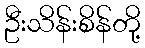
ဦးသိန်းစိန်တို့